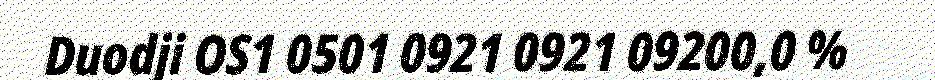
Duodji OS1 0501 0921 0921 09200,0 %